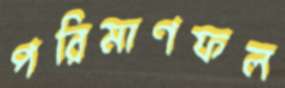
পরিমাণফল